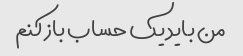
من باید یک حساب باز کنم